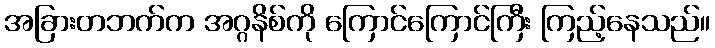
အခြားတဘက်က အဂ္ဂနိစ်ကို ကြောင်ကြောင်ကြီး ကြည့်နေသည်။